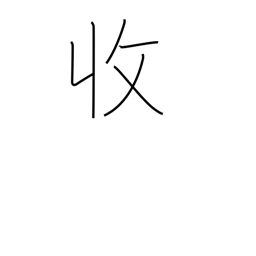
Meaning: income